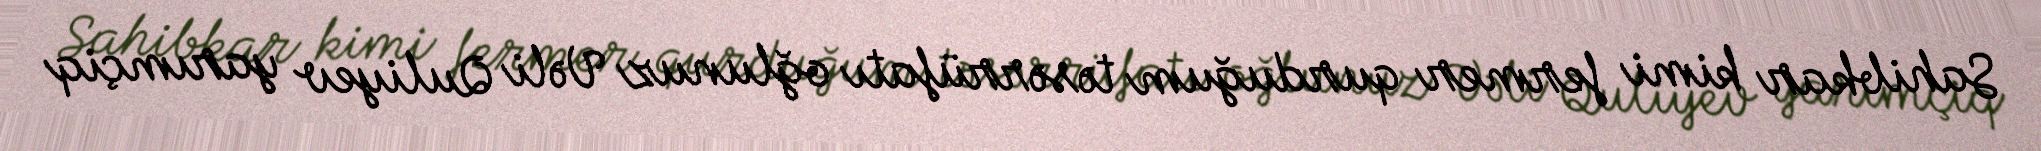
Sahibkar kimi fermer qurduğum təsərrüfatı oğlunuz Vəli Quliyev yarımçiq